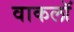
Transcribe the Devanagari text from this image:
वाकलॉ